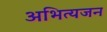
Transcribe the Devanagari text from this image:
अभित्यजन